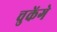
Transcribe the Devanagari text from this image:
चुकेंगे